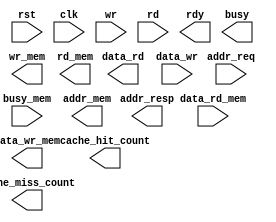
/*****************************************************************************************************
* Description:                 Two-way associative cache controller template
*
* Author:                      
*
* Email:                       
*
* Rev History:
*       <Author>        <Date>        <Hardware>     <Version>        
*     
*****************************************************************************************************/
`timescale 1ns / 1ps

module CacheController(
    rst,
    clk,

    wr,
    rd,

    data_rd,
    data_wr,
    addr_req,
    addr_resp,

    rdy,
    busy,

    wr_mem,
    rd_mem,
    busy_mem,

    data_rd_mem,
    data_wr_mem,
    addr_mem,

    cache_miss_count,
    cache_hit_count
    );

    input  rst;// Reset
    input  clk;// System clk

    input  wr;
    input  rd;
    output [31:0] data_rd;
    reg    [31:0] data_rd;

    input  [31:0] data_wr;
    input  [31:0] addr_req;
    output [31:0] addr_resp;
    reg    [31:0] addr_resp;
    output rdy;
    reg    rdy;
    output busy;
    reg    busy;

    output  wr_mem;
    reg     wr_mem;
    output  rd_mem;
    reg     rd_mem;
    input   busy_mem;
    input  [31:0] data_rd_mem;
    output [31:0] data_wr_mem;
    reg    [31:0] data_wr_mem;
    output [31:0] addr_mem;
    reg    [31:0] addr_mem;

    output [31:0] cache_miss_count;
    reg    [31:0] cache_miss_count;
    output [31:0] cache_hit_count;
    reg    [31:0] cache_hit_count;

    //==============================================
    // Put your code here.
    //==============================================

endmodule